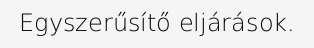
Egyszerűsítő eljárások.